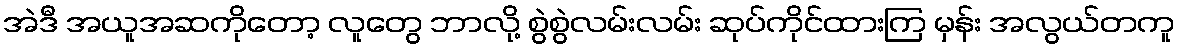
အဲဒီ အယူအဆကိုတော့ လူတွေ ဘာလို့ စွဲစွဲလမ်းလမ်း ဆုပ်ကိုင်ထားကြ မှန်း အလွယ်တကူ